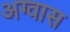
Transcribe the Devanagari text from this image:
अग्वास